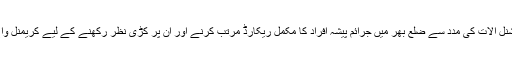
اورجدید ٹیکنالوجی اور ٹیکنیکل پروفیشنل آلات کی مدد سے ضلع بھر میں جرائم پیشہ افراد کا مکمل ریکارڈ مرتب کرنے اور اُن پر کڑی نظر رکھنے کے لیے کریمنل واچ ونگ نے باقاعدہ کام شروع کر دیا ۔